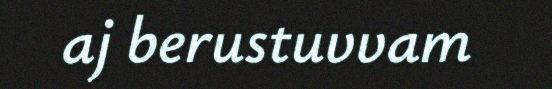
aj berustuvvam